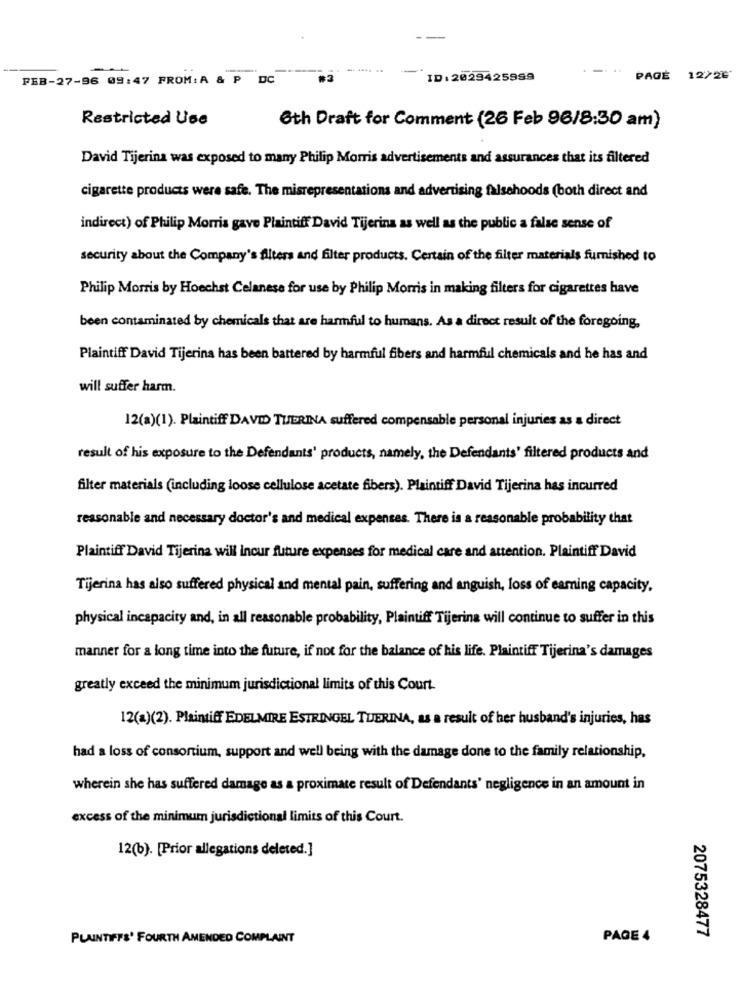
.....
FEB-27-96 09:47 FROM: A & P
DC
ID:2029425999
PAGE 12/20'
Restricted Use
Gth Draft for Comment (26 Feb 96/8:30 am)
David Tijerina was exposed to many Philip Morris advertisements and assurances that its filtered
cigarette products were safe. The misrepresentations and advertising falsehoods (both direct and
indirect) of Philip Morris gave Plaintiff David Tijerina as well as the public a false sense of
security about the Company's filters and filter products. Certain of the filter materials furnished to
Philip Morris by Hoechst Celanese for use by Philip Morris in making filters for cigarettes have
been contaminated by chemicals that are harmful to humans. As a direct result of the foregoing,
Plaintiff David Tijerina has been battered by harmful fibers and harmful chemicals and he has and
will suffer harm.
12(a)(1). Plaintiff DAVID TUERINA suffered compensable personal injuries as a direct
result of his exposure to the Defendants' products, namely, the Defendants' filtered products and
filter materials (including loose cellulose acetate fibers). Plaintiff David Tijerina has incurred
reasonable and necessary doctor's and medical expenses. There is a reasonable probability that
Plaintiff David Tijerina will Incur future expenses for medical care and attention. Plaintiff David
Tijerina has also suffered physical and mental pain, suffering and anguish, loss of earning capacity,
physical incapacity and, in all reasonable probability, Plaintiff Tijerina will continue to suffer in this
manner for a long time into the future, if not for the balance of his life. Plaintiff Tijerina's damages
greatly exceed the minimum jurisdictional limits of this Court.
12(a)(2). Plaintiff EDELMIRE ESTRINGEL TUERINA, as a result of her husband's injuries, has
had a loss of consortium, support and well being with the damage done to the family relationship,
wherein she has suffered damage as a proximate result of Defendants' negligence in an amount in
excess of the minimum jurisdictional limits of this Court.
12(b). [Prior allegations deleted.]
2075328477
PLAINTIFFS' FOURTH AMENDED COMPLAINT
PAGE 4